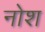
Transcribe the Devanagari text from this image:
नोश